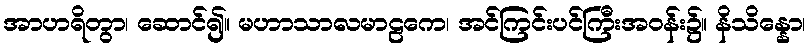
အာဟရိတွာ၊ ဆောင်၍။ မဟာသာလမာဠကေ၊ အင်ကြင်းပင်ကြီးအဝန်း၌။ နိသိန္နော၊